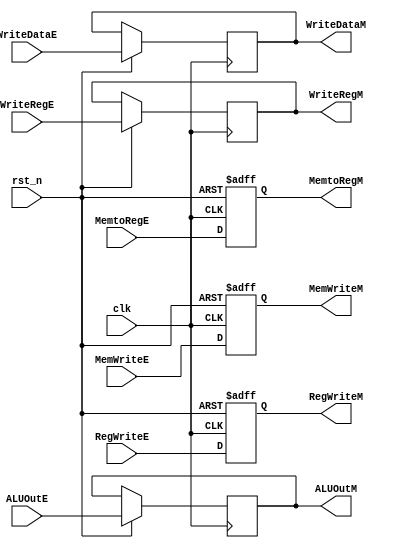
`timescale 1ns / 1ps
//////////////////////////////////////////////////////////////////////////////////
// Company: 
// Engineer: 
// 
// Create Data:    00:38:06 05/29/2017 
// Design Name: 
// Module Name:    EXE_MEM 
// Project Name: 
// Target Devices: 
// Tool versions: 
// Description: 
//
// Dependencies: 
//
// Revision: 
// Revision 0.01 - File Created
// Additional Comments: 
//
//////////////////////////////////////////////////////////////////////////////////
module EXE_MEM(
	input clk,
	input rst_n,
	input RegWriteE,
	input MemtoRegE,
	input MemWriteE,
	input [31:0] ALUOutE,
	input [31:0] WriteDataE,
	input [4:0] WriteRegE,

	output reg RegWriteM,
	output reg MemtoRegM,
	output reg MemWriteM,
	output reg [31:0] ALUOutM,
	output reg [31:0] WriteDataM,
	output reg [4:0] WriteRegM
	);

always @(posedge clk or negedge rst_n) begin
	if (~rst_n) begin
		RegWriteM <= 0;
		MemtoRegM <= 0;
		MemWriteM <= 0;
		
	end
	else begin
		RegWriteM <= RegWriteE;
		MemtoRegM <= MemtoRegE;
		MemWriteM <= MemWriteE;
		ALUOutM <= ALUOutE;
		WriteDataM <= WriteDataE;
		WriteRegM <= WriteRegE;
	end
end

endmodule